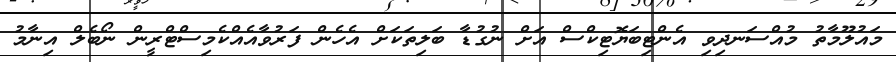
މައުލޫމާތު މުއްސަނދިވި އެންޓިބަޔޮޓިކްސް އަށް ނުގުޑާ ބަލިތަކަށް އެހެން ފަރުވާއެއްކެމިސްޓްރީން ނޯބެލް އިނާމު